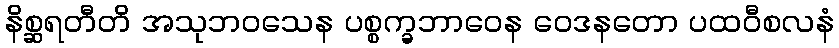
နိစ္ဆရတီတိ အသုဘဝသေန ပစ္စက္ခဘာဝေန ဝေဒနတော ပထဝီစလနံ